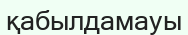
қабылдамауы